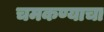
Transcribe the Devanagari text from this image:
चमकण्याचा